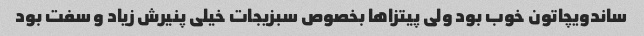
ساندویچاتون خوب بود ولی پیتزاها بخصوص سبزیجات خیلی پنیرش زیاد و سفت بود